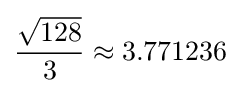
{\frac {\sqrt {128}}{3}}\approx 3.771236